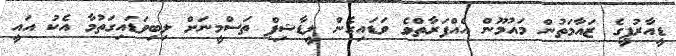
ޑީއާރުޕީގެ ޒައާމަތުން މައުމޫން އެއްފަރާތްވެ ވަޑައިގެން ލީޑާޝިޕް ތަސްމީނަށް ލިބިވަޑައިގަތުމާ އެކު އައީ